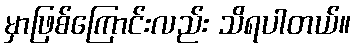
မှာဖြစ်ကြောင်းလည်း သိရပါတယ်။